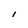
Character: I